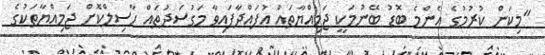
"މިކަން ކުރުމުގެ އެންމެ ބޮޑު ބޭނުމަކީ ޖަމިއްޔާތައް އުފައްދާފައިވާ މަގުސަދުތައް ހާސިލްކޮށް ޖަމިއްޔާތަކުގެ